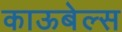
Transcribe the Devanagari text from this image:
काऊबेल्स